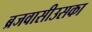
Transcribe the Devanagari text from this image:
ब्रजवासीउसका